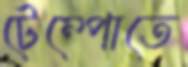
টেম্পোতে